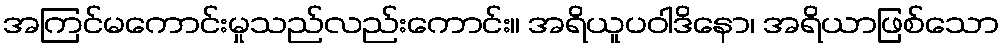
အကြင်မကောင်းမှုသည်လည်းကောင်း။ အရိယူပဝါဒိနော၊ အရိယာဖြစ်သော